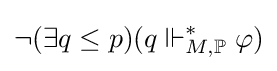
\neg (\exists q\leq p)(q\Vdash _{M,\mathbb {P} }^{*}\varphi )